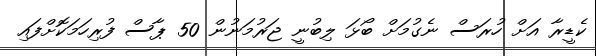
ކެޑީރާ އަށް ހުރަސް ނެގުމަށް ބޯޅަ ލިބުނީ ޖަރުމަނުން 50 ޕާސް ފުރިހަމަކޮށްފައި